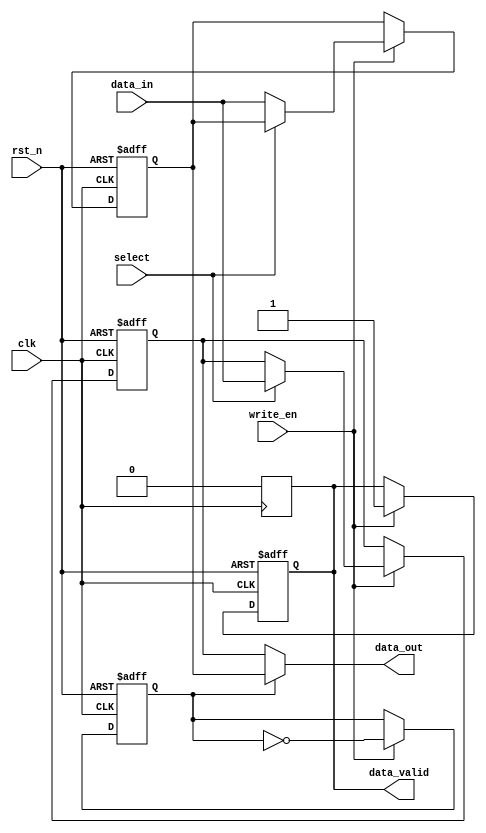
module double_buffer_register #(
    parameter DATA_WIDTH = 8
)(
    input wire clk,                    // Clock signal
    input wire rst_n,                  // Active-low reset signal
    input wire write_en,               // Write enable signal
    input wire [DATA_WIDTH-1:0] data_in, // Input data
    input wire select,                 // Buffer select signal (0 for Buffer A, 1 for Buffer B)
    output reg [DATA_WIDTH-1:0] data_out, // Output data
    output reg data_valid              // Data valid signal
);

    // Define the two buffers
    reg [DATA_WIDTH-1:0] buffer_a;
    reg [DATA_WIDTH-1:0] buffer_b;

    // Register to hold the currently selected buffer for reading
    reg current_buffer;

    // Write operation
    always @(posedge clk or negedge rst_n) begin
        if (!rst_n) begin
            // Reset buffers and valid signal
            buffer_a <= 0;
            buffer_b <= 0;
            data_valid <= 0;
            current_buffer <= 0; // Start with Buffer A as the current buffer
        end else if (write_en) begin
            // Write data to the selected buffer
            if (select == 1'b0) begin
                buffer_a <= data_in;
            end else begin
                buffer_b <= data_in;
            end
            // Assert data valid signal after writing
            data_valid <= 1'b1;

            // Switch the current buffer
            current_buffer <= ~current_buffer;
        end
    end

    // Read operation
    always @(*) begin
        // Output data from the buffer that is not being written to
        if (current_buffer == 1'b0) begin
            data_out = buffer_b; // Read from Buffer B
        end else begin
            data_out = buffer_a; // Read from Buffer A
        end
    end

    // Assert data valid high when switching
    always @(posedge clk) begin
        if (data_valid) begin
            // Disable data valid after reading
            data_valid <= 1'b0;
        end
    end

endmodule